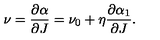
\nu = { \frac { \partial \alpha } { \partial J } } = \nu _ { 0 } + \eta { \frac { \partial \alpha _ { 1 } } { \partial J } } .